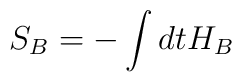
S_B = - \int dt H_B